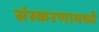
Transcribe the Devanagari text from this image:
संस्करणामध्ये